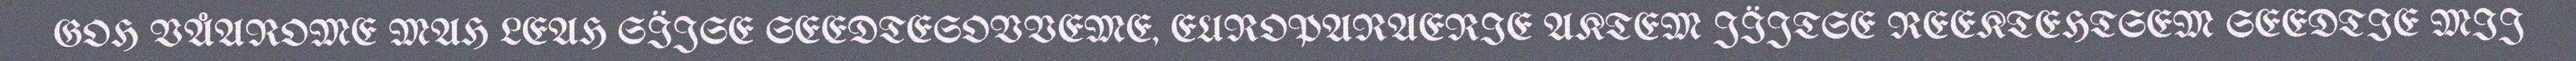
GOH VÅAROME MAH LEAH SÏJSE SEEDTESOVVEME, EUROPARAERIE AKTEM JÏJTSE REEKTEHTSEM SEEDTIE MIJ